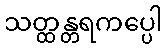
သတ္ထန္တရကပ္ပေါ